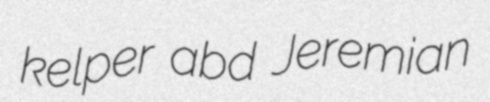
kelper abd Jeremian